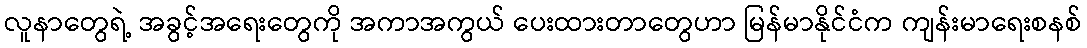
လူနာတွေရဲ့ အခွင့်အရေးတွေကို အကာအကွယ် ပေးထားတာတွေဟာ မြန်မာနိုင်ငံက ကျန်းမာရေးစနစ်